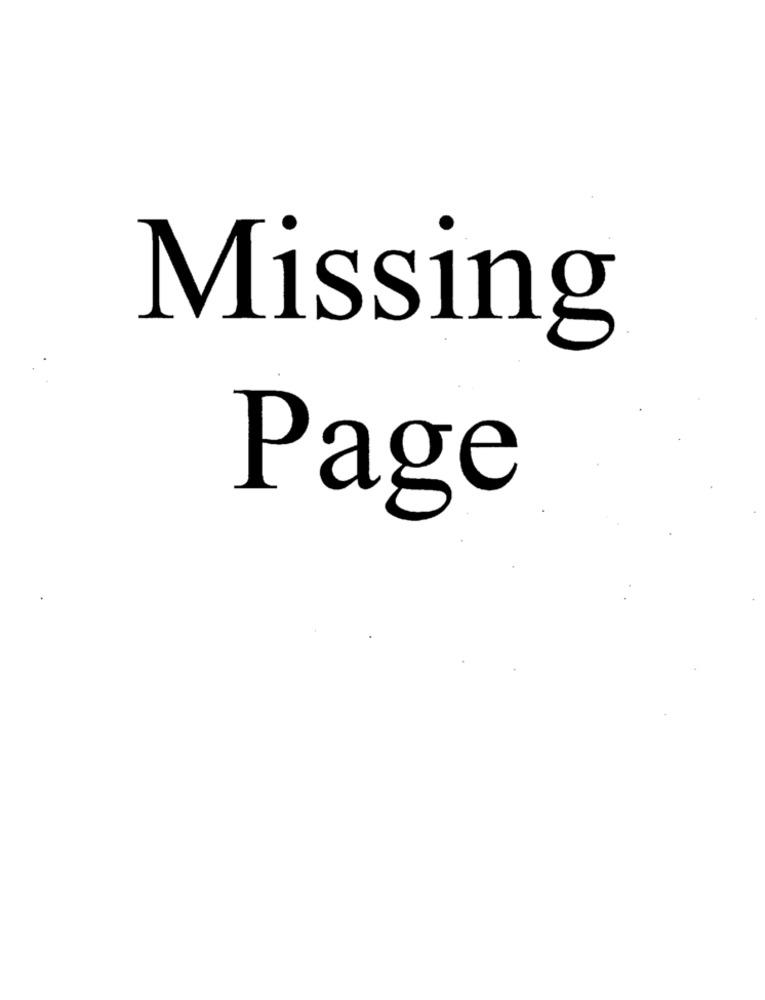
Missing
Page